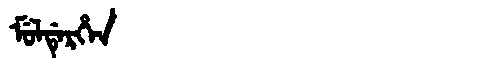
Manchu: ᠮᡠᠯᡩᡝᡵᡥᡝᠨ
Romanization: MULDERHEN